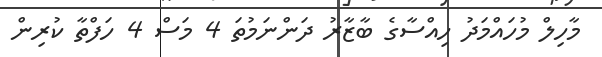
މާހިލް މުހައްމަދު ހިއްސާގެ ބާޒާރު ދަންނަމުތަ 4 މަސް 4 ހަފްތާ ކުރިން